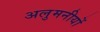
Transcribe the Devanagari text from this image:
अलुमनीयों